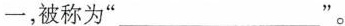
一，被称为“ ”。